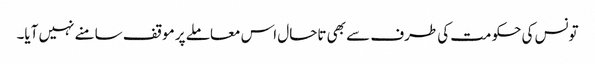
تونس کی حکومت کی طرف سے بھی تاحال اس معاملے پر موقف سامنے نہیں آیا۔